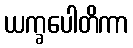
ယက္ခပေါတိကာ